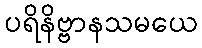
ပရိနိဗ္ဗာနသမယေ